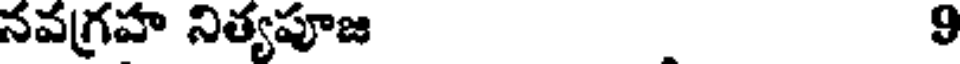
నవగ్రహ నిత్యపూజ 9